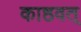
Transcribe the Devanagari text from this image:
काष्ठवत्